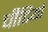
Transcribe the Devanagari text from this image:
चीटियो